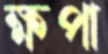
ক্ষপা